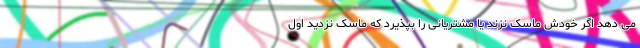
می دهد اگر خودش ماسک نزند یا مشتریانی را بپذیرد که ماسک نزدید اول